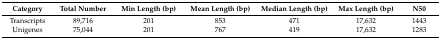
<table><thead><tr><td><b>Category</b></td><td><b>Total Number</b></td><td><b>Min Length (bp)</b></td><td><b>Mean Length (bp)</b></td><td><b>Median Length (bp)</b></td><td><b>Max Length (bp)</b></td><td><b>N50</b></td></tr></thead><tbody><tr><td>Transcripts</td><td>89,716</td><td>201</td><td>853</td><td>471</td><td>17,632</td><td>1443</td></tr><tr><td>Unigenes</td><td>75,044</td><td>201</td><td>767</td><td>419</td><td>17,632</td><td>1283</td></tr></tbody></table>